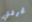
غرفتي